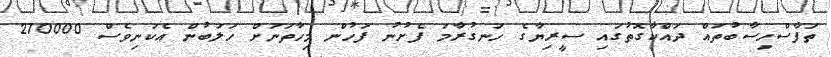
ތަފާސްހިސާބުތައް ދައްކާގޮތުގައި ސީރިޔާގެ ހަނގުރާމަ ފެށުނު ފަހުން މިހާތަނަށް ހަލަބުން އެކަނިވެސް 270000